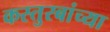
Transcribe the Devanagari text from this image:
कस्तुरबांच्या